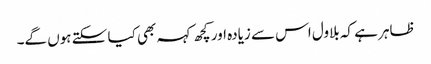
ظاہر ہے کہ بلاول اس سے زیادہ اور کچھ کہہ بھی کیا سکتے ہوں گے۔